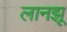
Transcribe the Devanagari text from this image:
लानझू